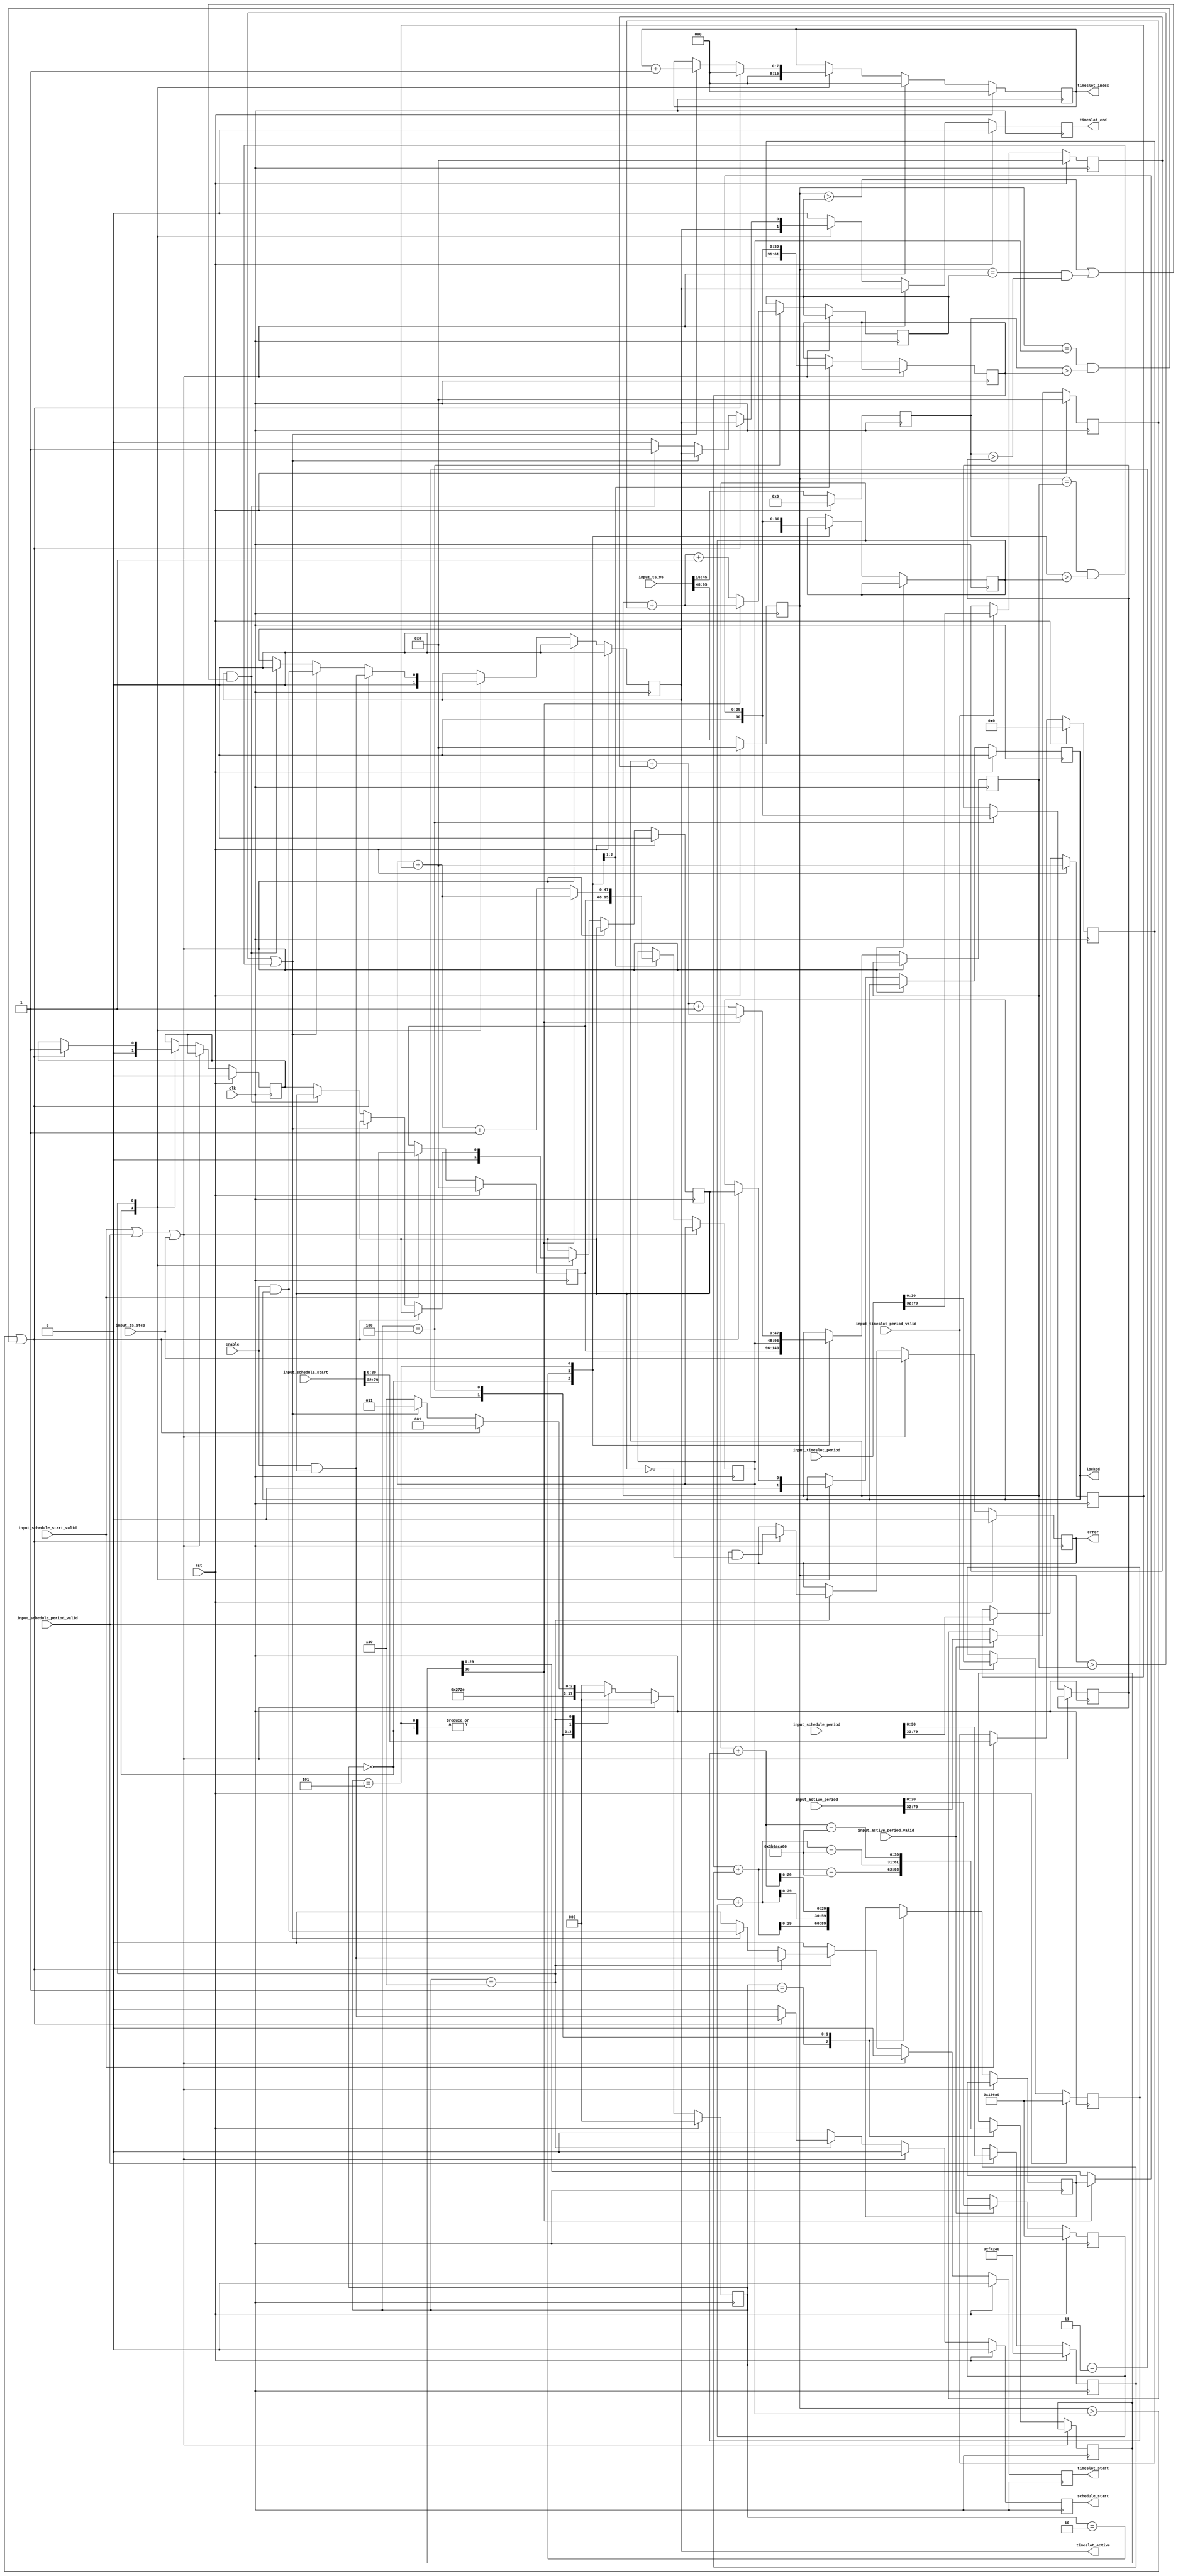
/*

Copyright 2019, The Regents of the University of California.
All rights reserved.

Redistribution and use in source and binary forms, with or without
modification, are permitted provided that the following conditions are met:

   1. Redistributions of source code must retain the above copyright notice,
      this list of conditions and the following disclaimer.

   2. Redistributions in binary form must reproduce the above copyright notice,
      this list of conditions and the following disclaimer in the documentation
      and/or other materials provided with the distribution.

THIS SOFTWARE IS PROVIDED BY THE REGENTS OF THE UNIVERSITY OF CALIFORNIA ''AS
IS'' AND ANY EXPRESS OR IMPLIED WARRANTIES, INCLUDING, BUT NOT LIMITED TO, THE
IMPLIED WARRANTIES OF MERCHANTABILITY AND FITNESS FOR A PARTICULAR PURPOSE ARE
DISCLAIMED. IN NO EVENT SHALL THE REGENTS OF THE UNIVERSITY OF CALIFORNIA OR
CONTRIBUTORS BE LIABLE FOR ANY DIRECT, INDIRECT, INCIDENTAL, SPECIAL,
EXEMPLARY, OR CONSEQUENTIAL DAMAGES (INCLUDING, BUT NOT LIMITED TO, PROCUREMENT
OF SUBSTITUTE GOODS OR SERVICES; LOSS OF USE, DATA, OR PROFITS; OR BUSINESS
INTERRUPTION) HOWEVER CAUSED AND ON ANY THEORY OF LIABILITY, WHETHER IN
CONTRACT, STRICT LIABILITY, OR TORT (INCLUDING NEGLIGENCE OR OTHERWISE) ARISING
IN ANY WAY OUT OF THE USE OF THIS SOFTWARE, EVEN IF ADVISED OF THE POSSIBILITY
OF SUCH DAMAGE.

The views and conclusions contained in the software and documentation are those
of the authors and should not be interpreted as representing official policies,
either expressed or implied, of The Regents of the University of California.

*/

// Language: Verilog 2001

`resetall
`timescale 1ns / 1ps
`default_nettype none

/*
 * TDMA scheduler module
 */
module tdma_scheduler #
(
    // Timeslot index width
    parameter INDEX_WIDTH = 8,
    // Schedule absolute PTP start time, seconds part
    parameter SCHEDULE_START_S = 48'h0,
    // Schedule absolute PTP start time, nanoseconds part
    parameter SCHEDULE_START_NS = 30'h0,
    // Schedule period, seconds part
    parameter SCHEDULE_PERIOD_S = 48'd0,
    // Schedule period, nanoseconds part
    parameter SCHEDULE_PERIOD_NS = 30'd1000000,
    // Timeslot period, seconds part
    parameter TIMESLOT_PERIOD_S = 48'd0,
    // Timeslot period, nanoseconds part
    parameter TIMESLOT_PERIOD_NS = 30'd100000,
    // Timeslot active period, seconds part
    parameter ACTIVE_PERIOD_S = 48'd0,
    // Timeslot active period, nanoseconds part
    parameter ACTIVE_PERIOD_NS = 30'd100000
)
(
    input  wire                   clk,
    input  wire                   rst,

    /*
     * Timestamp input from PTP clock
     */
    input  wire [95:0]            input_ts_96,
    input  wire                   input_ts_step,

    /*
     * Control
     */
    input  wire                   enable,
    input  wire [79:0]            input_schedule_start,
    input  wire                   input_schedule_start_valid,
    input  wire [79:0]            input_schedule_period,
    input  wire                   input_schedule_period_valid,
    input  wire [79:0]            input_timeslot_period,
    input  wire                   input_timeslot_period_valid,
    input  wire [79:0]            input_active_period,
    input  wire                   input_active_period_valid,

    /*
     * Status
     */
    output wire                   locked,
    output wire                   error,

    /*
     * TDMA schedule outputs
     */
    output wire                   schedule_start,
    output wire [INDEX_WIDTH-1:0] timeslot_index,
    output wire                   timeslot_start,
    output wire                   timeslot_end,
    output wire                   timeslot_active
);

/*

      schedule
       start
         |
         V
         |<-------- schedule period -------->|
    -----+--------+--------+--------+--------+--------+---
         | SLOT 0 | SLOT 1 | SLOT 2 | SLOT 3 | SLOT 0 | 
    -----+--------+--------+--------+--------+--------+---
         |<------>|
          timeslot
           period


         |<-------- timeslot period -------->|
    -----+-----------------------------------+------------
         | SLOT 0                            | SLOT 1   
    -----+-----------------------------------+------------
         |<---- active period ----->|

*/

localparam [2:0]
    STATE_IDLE = 3'd0,
    STATE_UPDATE_SCHEDULE_1 = 3'd1,
    STATE_UPDATE_SCHEDULE_2 = 3'd2,
    STATE_UPDATE_SLOT_1 = 3'd3,
    STATE_UPDATE_SLOT_2 = 3'd4,
    STATE_UPDATE_SLOT_3 = 3'd5,
    STATE_WAIT = 3'd6;

reg [2:0] state_reg = STATE_IDLE, state_next;

reg [47:0] time_s_reg = 0;
reg [30:0] time_ns_reg = 0;

reg [47:0] first_slot_s_reg = 0, first_slot_s_next;
reg [30:0] first_slot_ns_reg = 0, first_slot_ns_next;

reg [47:0] next_slot_s_reg = 0, next_slot_s_next;
reg [30:0] next_slot_ns_reg = 0, next_slot_ns_next;

reg [47:0] active_end_s_reg = 0, active_end_s_next;
reg [30:0] active_end_ns_reg = 0, active_end_ns_next;

reg [47:0] schedule_start_s_reg = SCHEDULE_START_S;
reg [30:0] schedule_start_ns_reg = SCHEDULE_START_NS;

reg [47:0] schedule_period_s_reg = SCHEDULE_PERIOD_S;
reg [30:0] schedule_period_ns_reg = SCHEDULE_PERIOD_NS;

reg [47:0] timeslot_period_s_reg = TIMESLOT_PERIOD_S;
reg [30:0] timeslot_period_ns_reg = TIMESLOT_PERIOD_NS;

reg [47:0] active_period_s_reg = ACTIVE_PERIOD_S;
reg [30:0] active_period_ns_reg = ACTIVE_PERIOD_NS;

reg [29:0] ts_ns_inc_reg = 0, ts_ns_inc_next;
reg [30:0] ts_ns_ovf_reg = 0, ts_ns_ovf_next;

reg locked_reg = 1'b0, locked_next;
reg locked_int_reg = 1'b0, locked_int_next;
reg error_reg = 1'b0, error_next;
reg schedule_running_reg = 1'b0, schedule_running_next;

reg schedule_start_reg = 1'b0, schedule_start_next;
reg [INDEX_WIDTH-1:0] timeslot_index_reg = 0, timeslot_index_next;
reg timeslot_start_reg = 1'b0, timeslot_start_next;
reg timeslot_end_reg = 1'b0, timeslot_end_next;
reg timeslot_active_reg = 1'b0, timeslot_active_next;

assign locked = locked_reg;
assign error = error_reg;

assign schedule_start = schedule_start_reg;
assign timeslot_index = timeslot_index_reg;
assign timeslot_start = timeslot_start_reg;
assign timeslot_end = timeslot_end_reg;
assign timeslot_active = timeslot_active_reg;

always @* begin
    state_next = STATE_IDLE;

    first_slot_s_next = first_slot_s_reg;
    first_slot_ns_next = first_slot_ns_reg;

    next_slot_s_next = next_slot_s_reg;
    next_slot_ns_next = next_slot_ns_reg;

    active_end_s_next = active_end_s_reg;
    active_end_ns_next = active_end_ns_reg;

    ts_ns_inc_next = ts_ns_inc_reg;

    ts_ns_ovf_next = ts_ns_ovf_reg;

    locked_next = locked_reg;
    locked_int_next = locked_int_reg;
    error_next = error_reg;
    schedule_running_next = schedule_running_reg;

    schedule_start_next = 1'b0;
    timeslot_index_next = timeslot_index_reg;
    timeslot_start_next = 1'b0;
    timeslot_end_next = 1'b0;
    timeslot_active_next = timeslot_active_reg;

    if (input_schedule_start_valid || input_schedule_period_valid || input_ts_step) begin
        timeslot_index_next = 0;
        timeslot_start_next = 1'b0;
        timeslot_end_next = timeslot_active_reg;
        timeslot_active_next = 1'b0;
        error_next = input_ts_step;
        state_next = STATE_IDLE;
    end else begin
        case (state_reg)
            STATE_IDLE: begin
                // set next rise to start time
                first_slot_s_next = schedule_start_s_reg;
                first_slot_ns_next = schedule_start_ns_reg;
                next_slot_s_next = schedule_start_s_reg;
                next_slot_ns_next = schedule_start_ns_reg;
                timeslot_index_next = 0;
                timeslot_start_next = 1'b0;
                timeslot_end_next = timeslot_active_reg;
                timeslot_active_next = 1'b0;
                locked_next = 1'b0;
                locked_int_next = 1'b0;
                schedule_running_next = 1'b0;
                state_next = STATE_WAIT;
            end
            STATE_UPDATE_SCHEDULE_1: begin
                // set next schedule start time to next schedule start time plus schedule period
                ts_ns_inc_next = first_slot_ns_reg + schedule_period_ns_reg;
                ts_ns_ovf_next = first_slot_ns_reg + schedule_period_ns_reg - 31'd1_000_000_000;
                state_next = STATE_UPDATE_SCHEDULE_2;
            end
            STATE_UPDATE_SCHEDULE_2: begin
                if (!ts_ns_ovf_reg[30]) begin
                    // if the overflow lookahead did not borrow, one second has elapsed
                    first_slot_s_next = first_slot_s_reg + schedule_period_s_reg + 1;
                    first_slot_ns_next = ts_ns_ovf_reg;
                end else begin
                    // no increment seconds field
                    first_slot_s_next = first_slot_s_reg + schedule_period_s_reg;
                    first_slot_ns_next = ts_ns_inc_reg;
                end
                next_slot_s_next = first_slot_s_reg;
                next_slot_ns_next = first_slot_ns_reg;
                state_next = STATE_UPDATE_SLOT_1;
            end
            STATE_UPDATE_SLOT_1: begin
                // set next fall time to next rise time plus width
                ts_ns_inc_next = next_slot_ns_reg + active_period_ns_reg;
                ts_ns_ovf_next = next_slot_ns_reg + active_period_ns_reg - 31'd1_000_000_000;
                state_next = STATE_UPDATE_SLOT_2;
            end
            STATE_UPDATE_SLOT_2: begin
                if (!ts_ns_ovf_reg[30]) begin
                    // if the overflow lookahead did not borrow, one second has elapsed
                    active_end_s_next = next_slot_s_reg + active_period_s_reg + 1;
                    active_end_ns_next = ts_ns_ovf_reg;
                end else begin
                    // no increment seconds field
                    active_end_s_next = next_slot_s_reg + active_period_s_reg;
                    active_end_ns_next = ts_ns_inc_reg;
                end
                // set next timeslot start time to next timeslot start time plus timeslot period
                ts_ns_inc_next = next_slot_ns_reg + timeslot_period_ns_reg;
                ts_ns_ovf_next = next_slot_ns_reg + timeslot_period_ns_reg - 31'd1_000_000_000;
                state_next = STATE_UPDATE_SLOT_3;
            end
            STATE_UPDATE_SLOT_3: begin
                if (!ts_ns_ovf_reg[30]) begin
                    // if the overflow lookahead did not borrow, one second has elapsed
                    next_slot_s_next = next_slot_s_reg + timeslot_period_s_reg + 1;
                    next_slot_ns_next = ts_ns_ovf_reg;
                end else begin
                    // no increment seconds field
                    next_slot_s_next = next_slot_s_reg + timeslot_period_s_reg;
                    next_slot_ns_next = ts_ns_inc_reg;
                end
                state_next = STATE_WAIT;
            end
            STATE_WAIT: begin
                if ((time_s_reg > first_slot_s_reg) || (time_s_reg == first_slot_s_reg && time_ns_reg > first_slot_ns_reg)) begin
                    // start of next schedule period
                    schedule_start_next = enable && locked_int_reg;
                    timeslot_index_next = 0;
                    timeslot_start_next = enable && locked_int_reg;
                    timeslot_end_next = timeslot_active_reg;
                    timeslot_active_next = enable && locked_int_reg;
                    schedule_running_next = 1'b1;
                    locked_next = locked_int_reg;
                    error_next = error_reg && !locked_int_reg;
                    state_next = STATE_UPDATE_SCHEDULE_1;
                end else if ((time_s_reg > next_slot_s_reg) || (time_s_reg == next_slot_s_reg && time_ns_reg > next_slot_ns_reg)) begin
                    // start of next timeslot
                    timeslot_index_next = timeslot_index_reg + 1;
                    timeslot_start_next = enable && locked_reg;
                    timeslot_end_next = timeslot_active_reg;
                    timeslot_active_next = enable && locked_reg;
                    state_next = STATE_UPDATE_SLOT_1;
                end else if (timeslot_active_reg && ((time_s_reg > active_end_s_reg) || (time_s_reg == active_end_s_reg && time_ns_reg > active_end_ns_reg))) begin
                    // end of timeslot
                    timeslot_end_next = 1'b1;
                    timeslot_active_next = 1'b0;
                    state_next = STATE_WAIT;
                end else begin
                    locked_int_next = schedule_running_reg;
                    state_next = STATE_WAIT;
                end
            end
        endcase
    end
end

always @(posedge clk) begin
    state_reg <= state_next;

    time_s_reg <= input_ts_96[95:48];
    time_ns_reg <= input_ts_96[45:16];

    if (input_schedule_start_valid) begin
        schedule_start_s_reg <= input_schedule_start[79:32];
        schedule_start_ns_reg <= input_schedule_start[31:0];
    end

    if (input_schedule_period_valid) begin
        schedule_period_s_reg <= input_schedule_period[79:32];
        schedule_period_ns_reg <= input_schedule_period[31:0];
    end

    if (input_timeslot_period_valid) begin
        timeslot_period_s_reg <= input_timeslot_period[79:32];
        timeslot_period_ns_reg <= input_timeslot_period[31:0];
    end

    if (input_active_period_valid) begin
        active_period_s_reg <= input_active_period[79:32];
        active_period_ns_reg <= input_active_period[31:0];
    end

    first_slot_s_reg <= first_slot_s_next;
    first_slot_ns_reg <= first_slot_ns_next;

    next_slot_s_reg <= next_slot_s_next;
    next_slot_ns_reg <= next_slot_ns_next;

    active_end_s_reg <= active_end_s_next;
    active_end_ns_reg <= active_end_ns_next;

    ts_ns_inc_reg <= ts_ns_inc_next;
    ts_ns_ovf_reg <= ts_ns_ovf_next;

    locked_reg <= locked_next;
    locked_int_reg <= locked_int_next;
    error_reg <= error_next;
    schedule_running_reg <= schedule_running_next;

    schedule_start_reg <= schedule_start_next;
    timeslot_index_reg <= timeslot_index_next;
    timeslot_start_reg <= timeslot_start_next;
    timeslot_end_reg <= timeslot_end_next;
    timeslot_active_reg <= timeslot_active_next;

    if (rst) begin
        state_reg <= STATE_IDLE;

        time_s_reg <= 0;
        time_ns_reg <= 0;

        schedule_start_s_reg <= SCHEDULE_START_S;
        schedule_start_ns_reg <= SCHEDULE_START_NS;

        schedule_period_s_reg <= SCHEDULE_PERIOD_S;
        schedule_period_ns_reg <= SCHEDULE_PERIOD_NS;

        timeslot_period_s_reg <= TIMESLOT_PERIOD_S;
        timeslot_period_ns_reg <= TIMESLOT_PERIOD_NS;

        active_period_s_reg <= ACTIVE_PERIOD_S;
        active_period_ns_reg <= ACTIVE_PERIOD_NS;

        locked_reg <= 1'b0;
        locked_int_reg <= 1'b0;
        error_reg <= 1'b0;
        schedule_running_reg <= 1'b0;

        schedule_start_reg <= 1'b0;
        timeslot_index_reg <= 0;
        timeslot_start_reg <= 1'b0;
        timeslot_end_reg <= 1'b0;
        timeslot_active_reg <= 1'b0;
    end
end

endmodule

`resetall